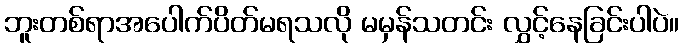
ဘူးတစ်ရာအပေါက်ပိတ်မရသလို မမှန်သတင်း လွှင့်နေခြင်းပါပဲ။